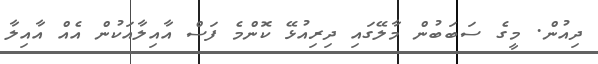
ދިއުން. މީގެ ސަބަބުން މާލޭގައި ދިރިއުޅޭ ކޮންމެ ފަސް އާއިލާއަކުން އެއް އާއިލާ